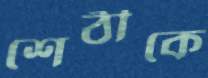
শেঠীকে